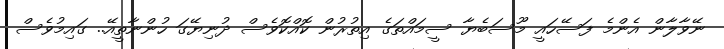
ނޭވާލާން އެންމެ ފަސޭހައީ މޫސަބެޔާ ސީމައްތަގެ އިތުރުން ކޮއްކޮވެސް ދުނިޔޭގަ ހުންނާތީއޭ.. ގައިމުވެސް